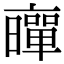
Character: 𠆛